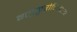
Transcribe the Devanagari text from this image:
ग्लुकुरोनिडेशन